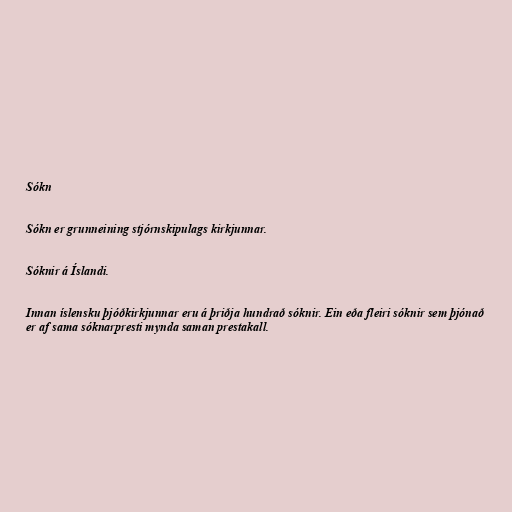
Sókn

Sókn er grunneining stjórnskipulags kirkjunnar.

Sóknir á Íslandi.

Innan íslensku þjóðkirkjunnar eru á þriðja hundrað sóknir. Ein eða fleiri sóknir sem þjónað
er af sama sóknarpresti mynda saman prestakall.